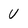
Character: U